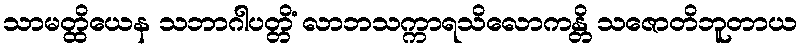
သာမတ္ထိယေန သဘာဂါပတ္တိံ လာဘသက္ကာရသိလောကန္တိ သဇောတိဘူတာယ